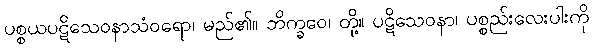
ပစ္စယပဋိသေဝနာသံဝရော၊ မည်၏။ ဘိက္ခဝေ၊ တို့။ ပဋိသေဝနာ၊ ပစ္စည်းလေးပါးကို